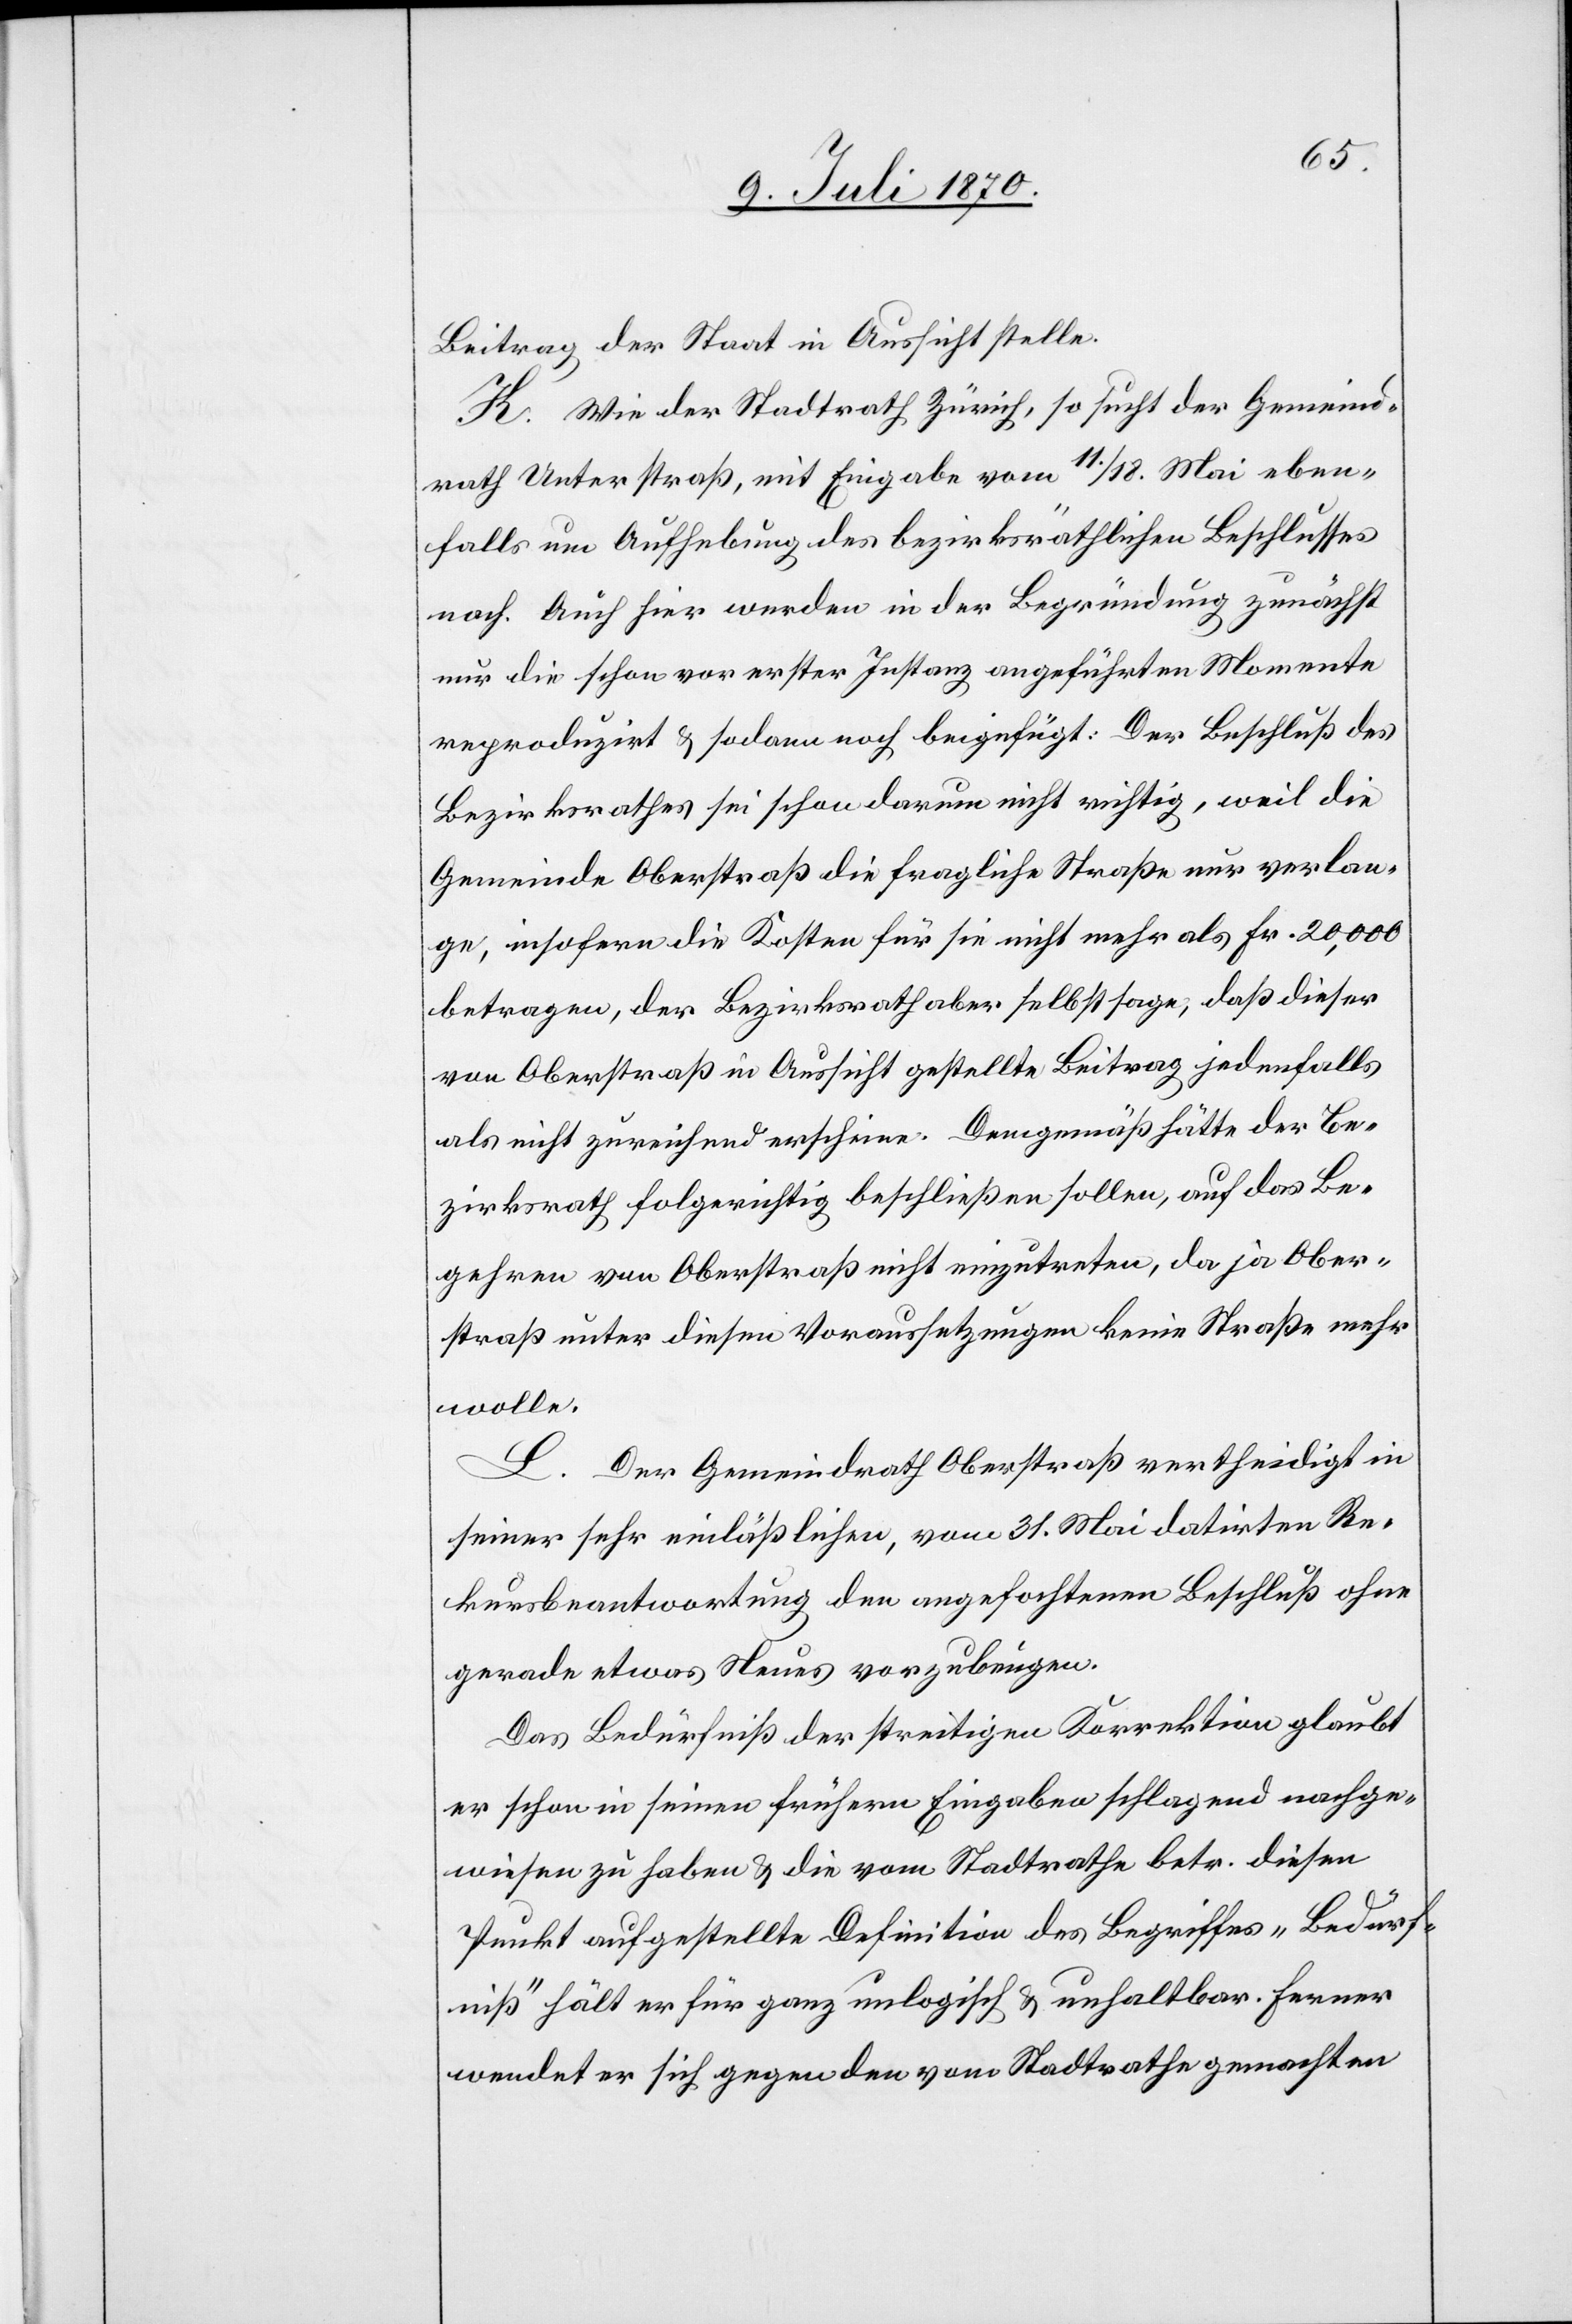
Beitrag der Staat in Aussicht stelle.
K. Wie der Stadtrath Zürich, so sucht der Gemeind¬
rath Unterstraß, mit Eingabe vom 11./18. Mai eben¬
falls um Aufhebung des bezirksräthlichen Beschlusses
nach. Auch hier werden in der Begründung zunächst
nur die schon vor erster Instanz angeführten Momente
reproduzirt & sodann noch beigefügt: Der Beschluß des
Bezirksrathes sei schon darum nicht richtig, weil die
Gemeinde Oberstraß die fragliche Straße nur verlan¬
ge, insofern die Kosten für sie nicht mehr als Fr. 20,000
betragen, der Bezirksrath aber selbst sage, daß dieser
von Oberstraß in Aussicht gestellte Beitrag jedenfalls
als nicht zureichend erscheine. Demgemäß hätte der Be¬
zirksrath folgerichtig beschließen sollen, auf das Be¬
gehren von Oberstraß nicht einzutreten, da ja Ober¬
straß unter diesen Voraussetzungen keine Straße mehr
wolle.
L. Der Gemeindrath Oberstraß vertheidigt in
seiner sehr einläßlichen, vom 31. Mai datirten Re¬
kursbeantwortung den angefochtenen Beschluß ohne
gerade etwas Neues vorzubringen.
Das Bedürfniß der streitigen Korrektion glaubt
er schon in seinen frühern Eingaben schlagend nachge¬
wiesen zu haben & die vom Stadtrathe betr. diesen
Punkt aufgestellte Definition des Begriffes „Bedürf¬
niß“ hält er für ganz unlogisch & unhaltbar. Ferner
wendet er sich gegen den vom Stadtrathe gemachten